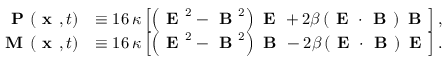
\begin{array} { r l } { \textbf { P } ( \textbf { x } , t ) } & { \equiv 1 6 \, \kappa \left[ \left( \textbf { E } ^ { 2 } - \textbf { B } ^ { 2 } \right) \textbf { E } + 2 \beta \left( \textbf { E } \cdot \textbf { B } \right) \textbf { B } \right] , } \\ { \textbf { M } ( \textbf { x } , t ) } & { \equiv 1 6 \, \kappa \left[ \left( \textbf { E } ^ { 2 } - \textbf { B } ^ { 2 } \right) \textbf { B } - 2 \beta \left( \textbf { E } \cdot \textbf { B } \right) \textbf { E } \right] . } \end{array}